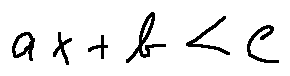
a x + b < c